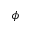
\phi